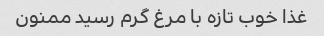
غذا خوب تازه با مرغ گرم رسید ممنون